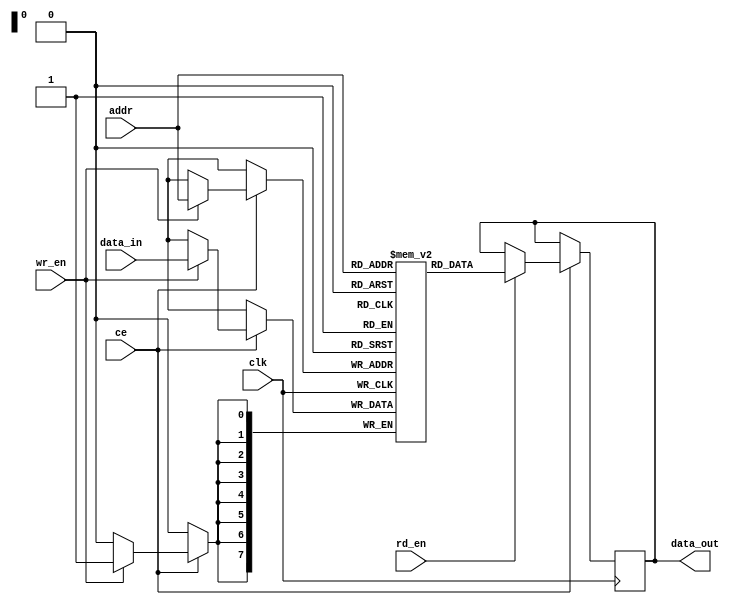
module IOBlocksDataScratchpadMemory #(
    parameter MEMORY_SIZE = 256,  // Configurable memory size in bytes
    parameter DATA_WIDTH = 8       // Configurable data width (8, 16, 32 bits)
) (
    input wire clk,                // Clock signal for synchronous operation
    input wire ce,                 // Chip Enable
    input wire wr_en,              // Write Enable
    input wire rd_en,              // Read Enable
    input wire [($clog2(MEMORY_SIZE)-1):0] addr, // Address bus
    input wire [(DATA_WIDTH-1):0] data_in,        // Data input bus
    output reg [(DATA_WIDTH-1):0] data_out         // Data output bus
);

// Memory array
reg [DATA_WIDTH-1:0] memory [0:MEMORY_SIZE-1];

// Asynchronous write and synchronous read operation
always @(posedge clk) begin
    if (ce) begin
        if (wr_en) begin
            memory[addr] <= data_in; // Write data to memory
        end
        if (rd_en) begin
            data_out <= memory[addr]; // Read data from memory
        end
    end
end

endmodule